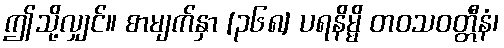
ဤသို့လျှင်။ စာမျက်နှာ [၃၆၈] ပရနိမ္မိ တဝသဝတ္တီနံ၊